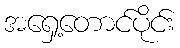
အရှေ့တောင်ပိုင်း